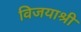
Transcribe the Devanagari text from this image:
विजयाश्री